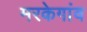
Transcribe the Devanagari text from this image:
मरकेगांव